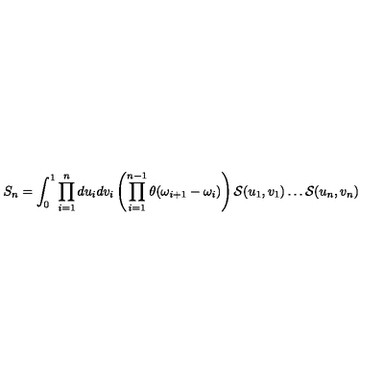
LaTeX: S _ { n } = \int _ { 0 } ^ { 1 } \prod _ { i = 1 } ^ { n } d u _ { i } d v _ { i } \left( \prod _ { i = 1 } ^ { n - 1 } \theta ( \omega _ { i + 1 } - \omega _ { i } ) \right) { \cal S } ( u _ { 1 } , v _ { 1 } ) \dots { \cal S } ( u _ { n } , v _ { n } )